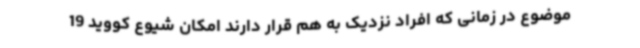
موضوع در زمانی که افراد نزدیک به هم قرار دارند امکان شیوع کووید 19